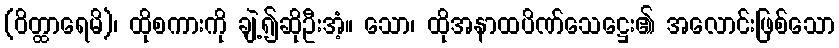
(ဝိတ္ထာရေမိ)၊ ထိုစကားကို ချဲ့၍ဆိုဦးအံ့။ သော၊ ထိုအနာထပိဏ်သေဋ္ဌေး၏ အလောင်းဖြစ်သော